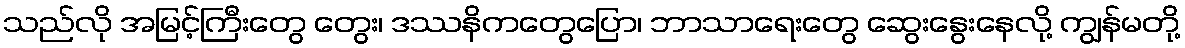
သည်လို အမြင့်ကြီးတွေ တွေး၊ ဒဿနိကတွေပြော၊ ဘာသာရေးတွေ ဆွေးနွေးနေလို့ ကျွန်မတို့